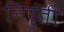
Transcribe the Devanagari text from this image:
निरुती